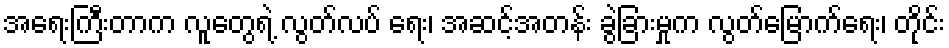
အရေးကြီးတာက လူတွေရဲ့ လွတ်လပ် ရေး၊ အဆင့်အတန်း ခွဲခြားမှုက လွတ်မြောက်ရေး၊ တိုင်း